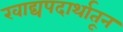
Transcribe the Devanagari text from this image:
खाद्यपदार्थातून